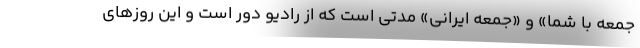
جمعه با شما» و «جمعه ایرانی» مدتی است که از رادیو دور است و این روزهای